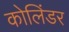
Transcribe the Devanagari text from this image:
कोलिंडर